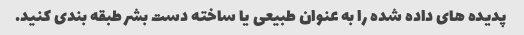
پدیده های داده شده را به عنوان طبیعی یا ساخته دست بشر طبقه بندی کنید.